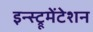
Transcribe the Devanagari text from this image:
इन्स्ट्रूमेंटेशन